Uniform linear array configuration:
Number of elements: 24
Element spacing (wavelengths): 1
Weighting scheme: binomial
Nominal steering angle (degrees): -45
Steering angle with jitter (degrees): -44.07
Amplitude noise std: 0.05
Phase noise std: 0.05

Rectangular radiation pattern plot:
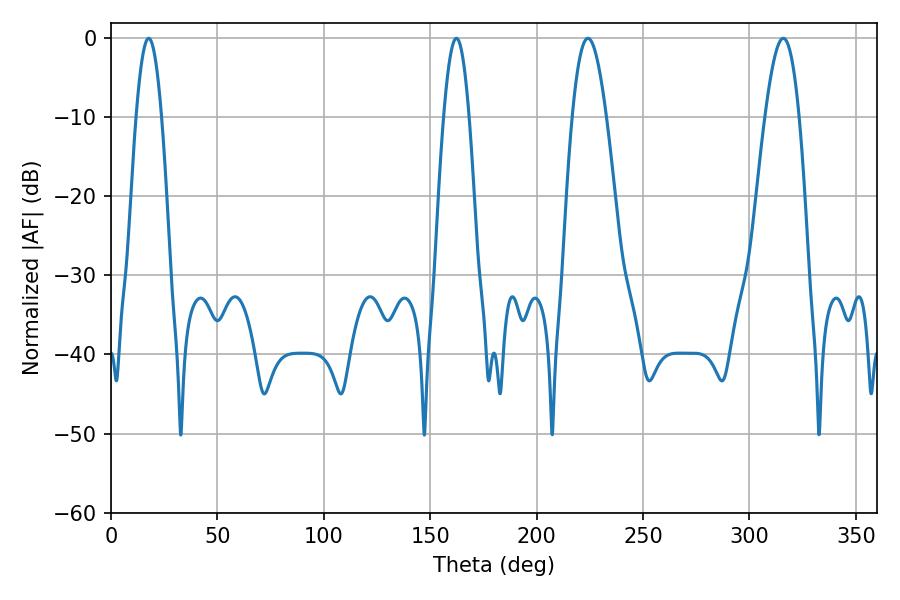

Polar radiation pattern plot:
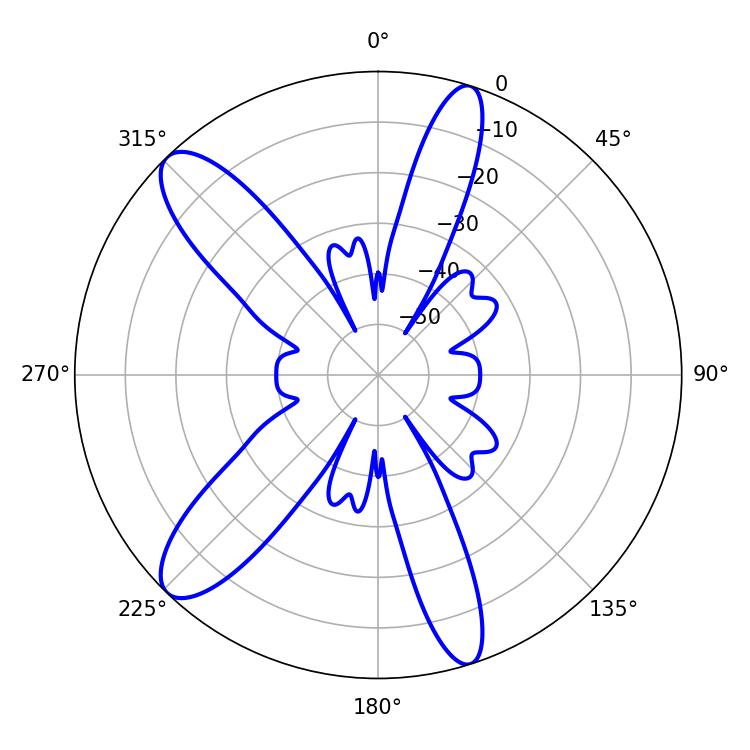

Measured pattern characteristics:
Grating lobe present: TRUE
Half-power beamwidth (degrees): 8.64
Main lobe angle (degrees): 224.1